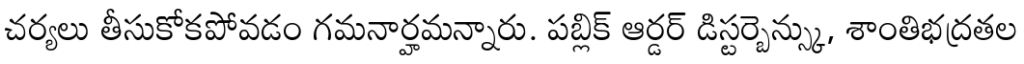
చర్యలు తీసుకోకపోవడం గమనార్హమన్నారు. పబ్లిక్ ఆర్డర్ డిస్టర్బెన్స్కు, శాంతిభద్రతల